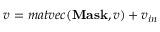
v = m a t v e c ( \mathbf { M a s k } , v ) + v _ { i n }